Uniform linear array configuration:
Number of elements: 16
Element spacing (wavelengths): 0.5
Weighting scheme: exponential
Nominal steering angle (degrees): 30
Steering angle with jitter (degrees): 31.678
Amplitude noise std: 0.05
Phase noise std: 0.05

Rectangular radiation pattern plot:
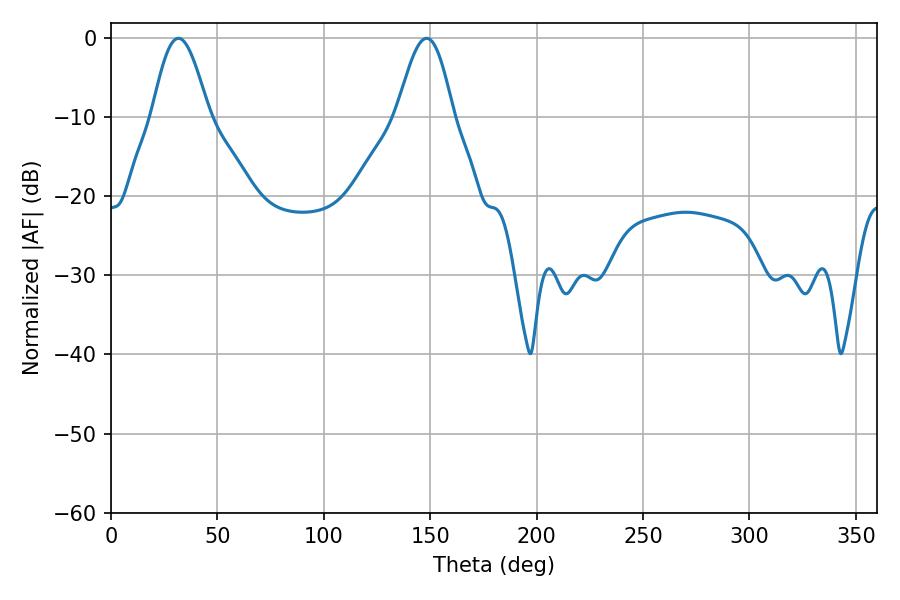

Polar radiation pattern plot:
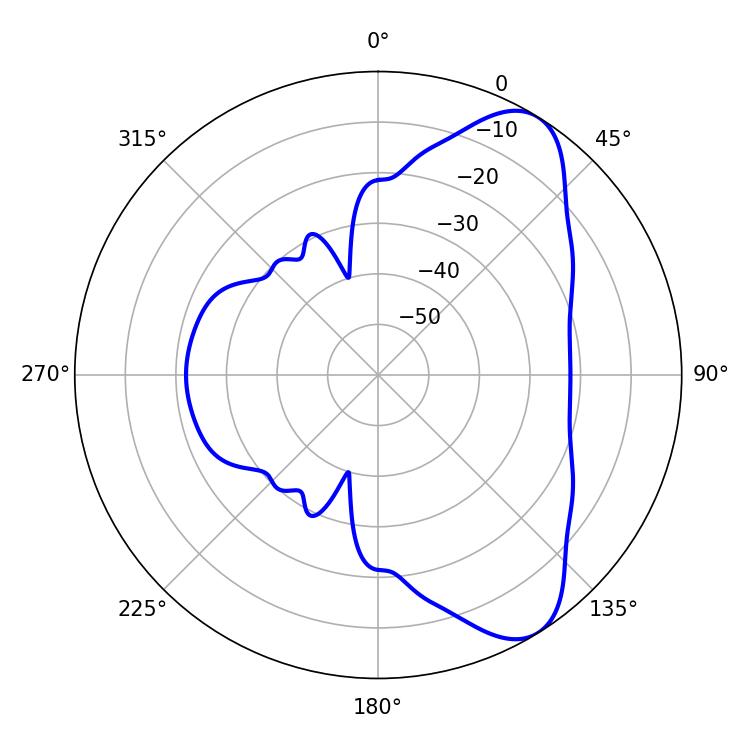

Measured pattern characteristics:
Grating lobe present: FALSE
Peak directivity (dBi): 8.04
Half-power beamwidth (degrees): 14.22
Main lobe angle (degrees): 31.68